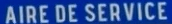
AIRE DE SERVICE